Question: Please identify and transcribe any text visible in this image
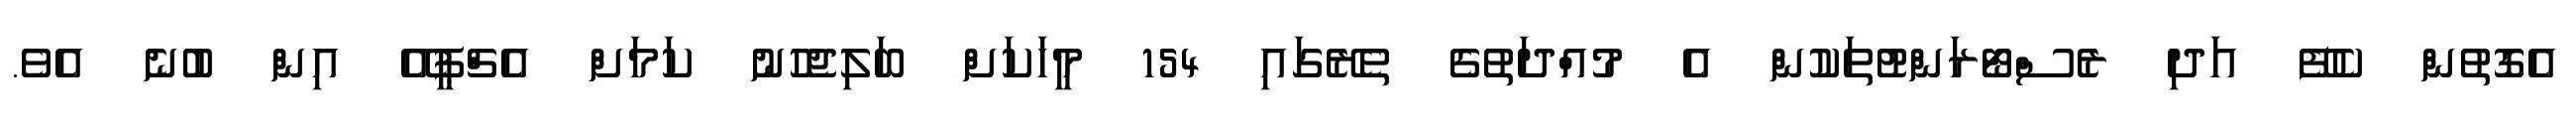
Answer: އެގޮތުން ކެފޭ އަދި ރެސްޓޯރަންޓުތަކުން އެ މުއްދަތުގެ ތެރޭގައި 154 މީހަކަށް ބަލިޖެހުނު ކަމަށް އެޗްޕީއޭ އިން ބުނެ އެވެ.